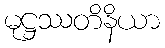
မုဋ္ဌဿတိနိယာ